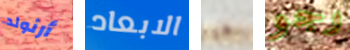
أرنولد الابعاد هيا وجو